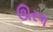
ઊરળ